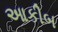
આકીબ